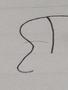
Signature authenticity: forged